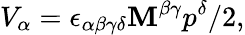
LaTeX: V_{\alpha}=\epsilon_{\alpha\beta\gamma\delta}\mathbf{M}^{\beta\gamma}p^{\delta}/2,